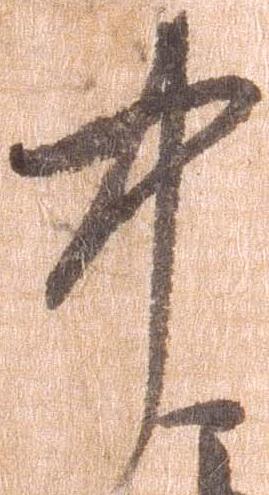
中